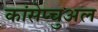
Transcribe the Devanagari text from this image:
कांसेप्चुअल